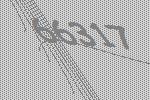
66317